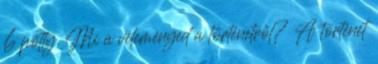
6 pötty. Mi a véleményed a történetről? A történet